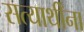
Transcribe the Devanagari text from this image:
सत्यार्थींना